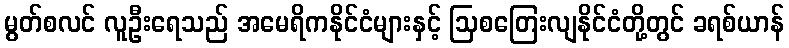
မွတ်စလင် လူဦးရေသည် အမေရိကနိုင်ငံများနှင့် ဩစတြေးလျနိုင်ငံတို့တွင် ခရစ်ယာန်